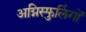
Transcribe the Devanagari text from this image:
अग्निस्फुलिंगों